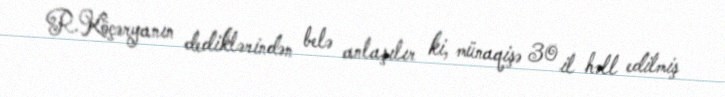
R.Köçəryanın dediklərindən belə anlaşılır ki, münaqişə 30 il həll edilmiş